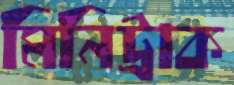
মিনিট্রাক